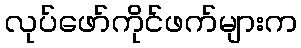
လုပ်ဖော်ကိုင်ဖက်များက